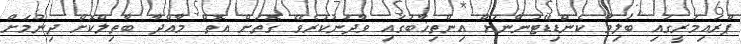
ޕްރައިމަރީގައި ބަލިވާ ކެންޑިޑޭޓުންނަށް އިންތިޚާބުގައި ވާދަނުކުރެވޭ ގޮތަށް އޮތް މާއްދާ ބާތިލްކޮށް ދިނުމަށް